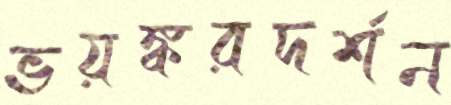
ভয়ঙ্করদর্শন